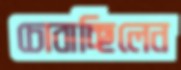
চোবাচ্ছিলেন